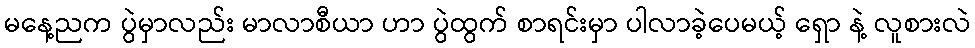
မနေ့ညက ပွဲမှာလည်း မာလာစီယာ ဟာ ပွဲထွက် စာရင်းမှာ ပါလာခဲ့ပေမယ့် ရှော နဲ့ လူစားလဲ